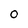
Character: o